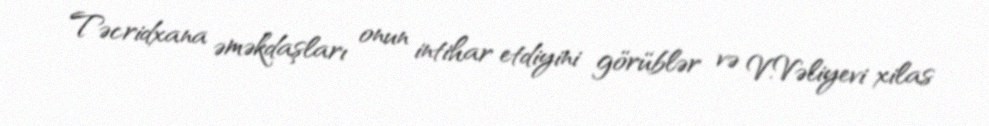
Təcridxana əməkdaşları onun intihar etdiyini görüblər və V.Vəliyevi xilas